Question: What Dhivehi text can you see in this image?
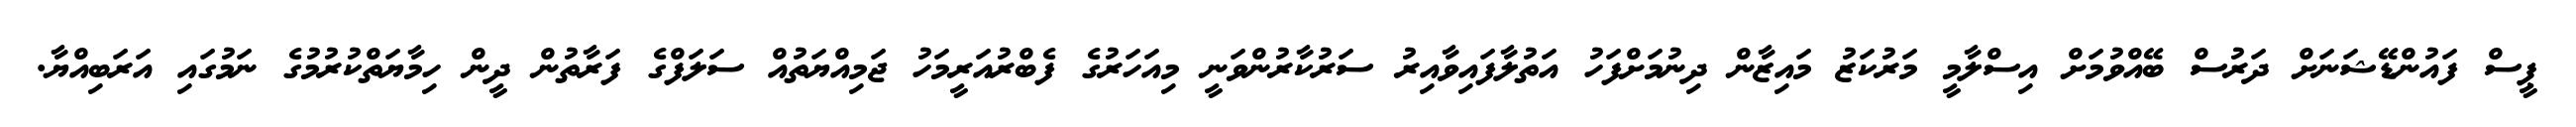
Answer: ޕީސް ފައުންޑޭޝަނަށް ދަރުސް ބޭއްވުމަށް އިސްލާމީ މަރުކަޒު މައިޒާން ދިނުމަށްފަހު އަތުލާފައިވާއިރު ސަރުކާރުންވަނީ މިއަހަރުގެ ފެބްރުއަރީމަހު ޖަމިއްޔަތުއް ސަލަފްގެ ފަރާތުން ދީން ހިމާޔަތްކުރުމުގެ ނަމުގައި އަރަބިއްޔާ.